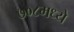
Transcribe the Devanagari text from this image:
७०८मध्ये